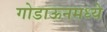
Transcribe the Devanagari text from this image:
गोडाऊनमध्ये